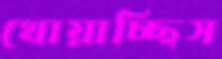
খোয়াচ্ছিস